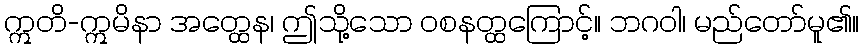
ဣတိ-ဣမိနာ အတ္ထေန၊ ဤသို့သော ဝစနတ္ထကြောင့်။ ဘဂဝါ၊ မည်တော်မူ၏။